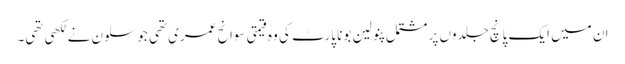
ان میں ایک پانچ جلدوں پر مشتمل پنولین بونا پارٹ کی وہ قیمتی سوانح عمری تھی جو سلون نے لکھی تھی۔